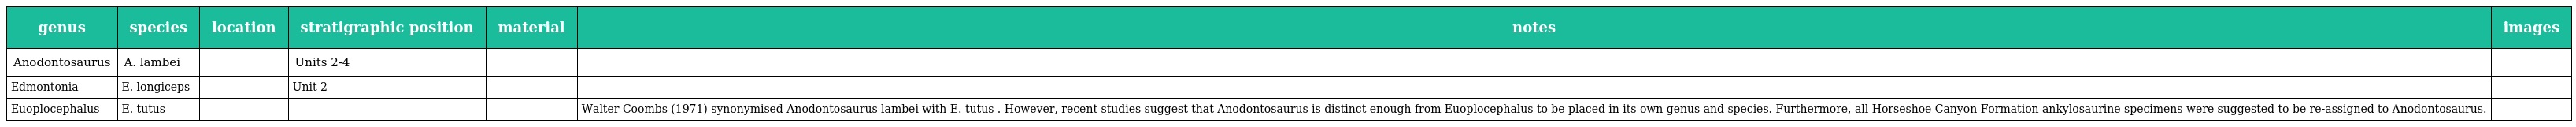
| genus | species | location | stratigraphic position | material | notes | images |
 | --- | --- | --- | --- | --- | --- | --- |
 | Anodontosaurus | A. lambei |  | Units 2-4 |  |  |  |
 | Edmontonia | E. longiceps |  | Unit 2 |  |  |  |
 | Euoplocephalus | E. tutus |  |  |  | Walter Coombs (1971) synonymised Anodontosaurus lambei with E. tutus . However, recent studies suggest that Anodontosaurus is distinct enough from Euoplocephalus to be placed in its own genus and species. Furthermore, all Horseshoe Canyon Formation ankylosaurine specimens were suggested to be re-assigned to Anodontosaurus. |  |